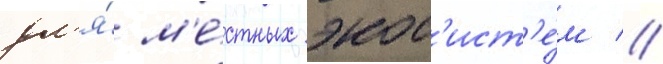
дл'я́ м'е́стных экос'ист'е́м //